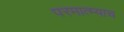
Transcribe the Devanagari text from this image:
परमात्म्याच